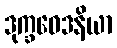
ဒုက္ခဝေဒနိယာ